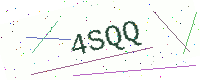
Text: 4SQQ